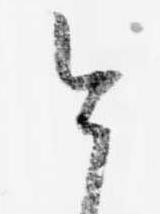
今